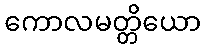
ကောလမတ္တိယော